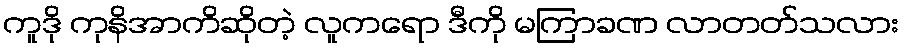
ကူဒို ကုနိအာကိဆိုတဲ့ လူကရော ဒီကို မကြာခဏ လာတတ်သလား